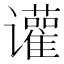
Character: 𬤰